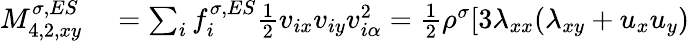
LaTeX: \begin{array}{r}{\begin{array}{rl}{M_{4,2,xy}^{\sigma,ES}}&{{}=\sum_{i}f_{i}^{\sigma,ES}\frac{1}{2}v_{ix}v_{iy}v_{i\alpha}^{2}=\frac{1}{2}\rho^{\sigma}[3\lambda_{xx}(\lambda_{xy}+u_{x}u_{y})}\end{array}}\end{array}